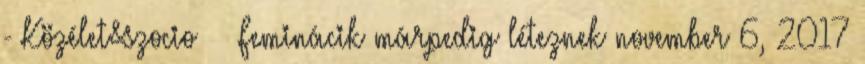
- Közélet&szocio Feminácik márpedig léteznek november 6, 2017